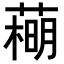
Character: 𦻽